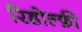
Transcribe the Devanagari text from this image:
रिडोल्फ़ी